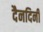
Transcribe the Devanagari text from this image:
दैनदिनी